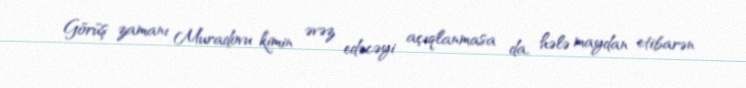
Görüş zamanı Muradovu kimin əvəz edəcəyi açıqlanmasa da, hələ maydan etibarən